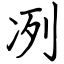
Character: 冽